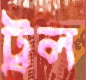
ট্রল